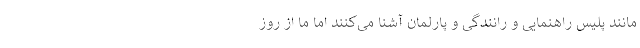
مانند پلیس راهنمایی و رانندگی و پارلمان آشنا می‌‌کنند اما ما از روز